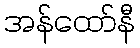
အန်ထော်နီ